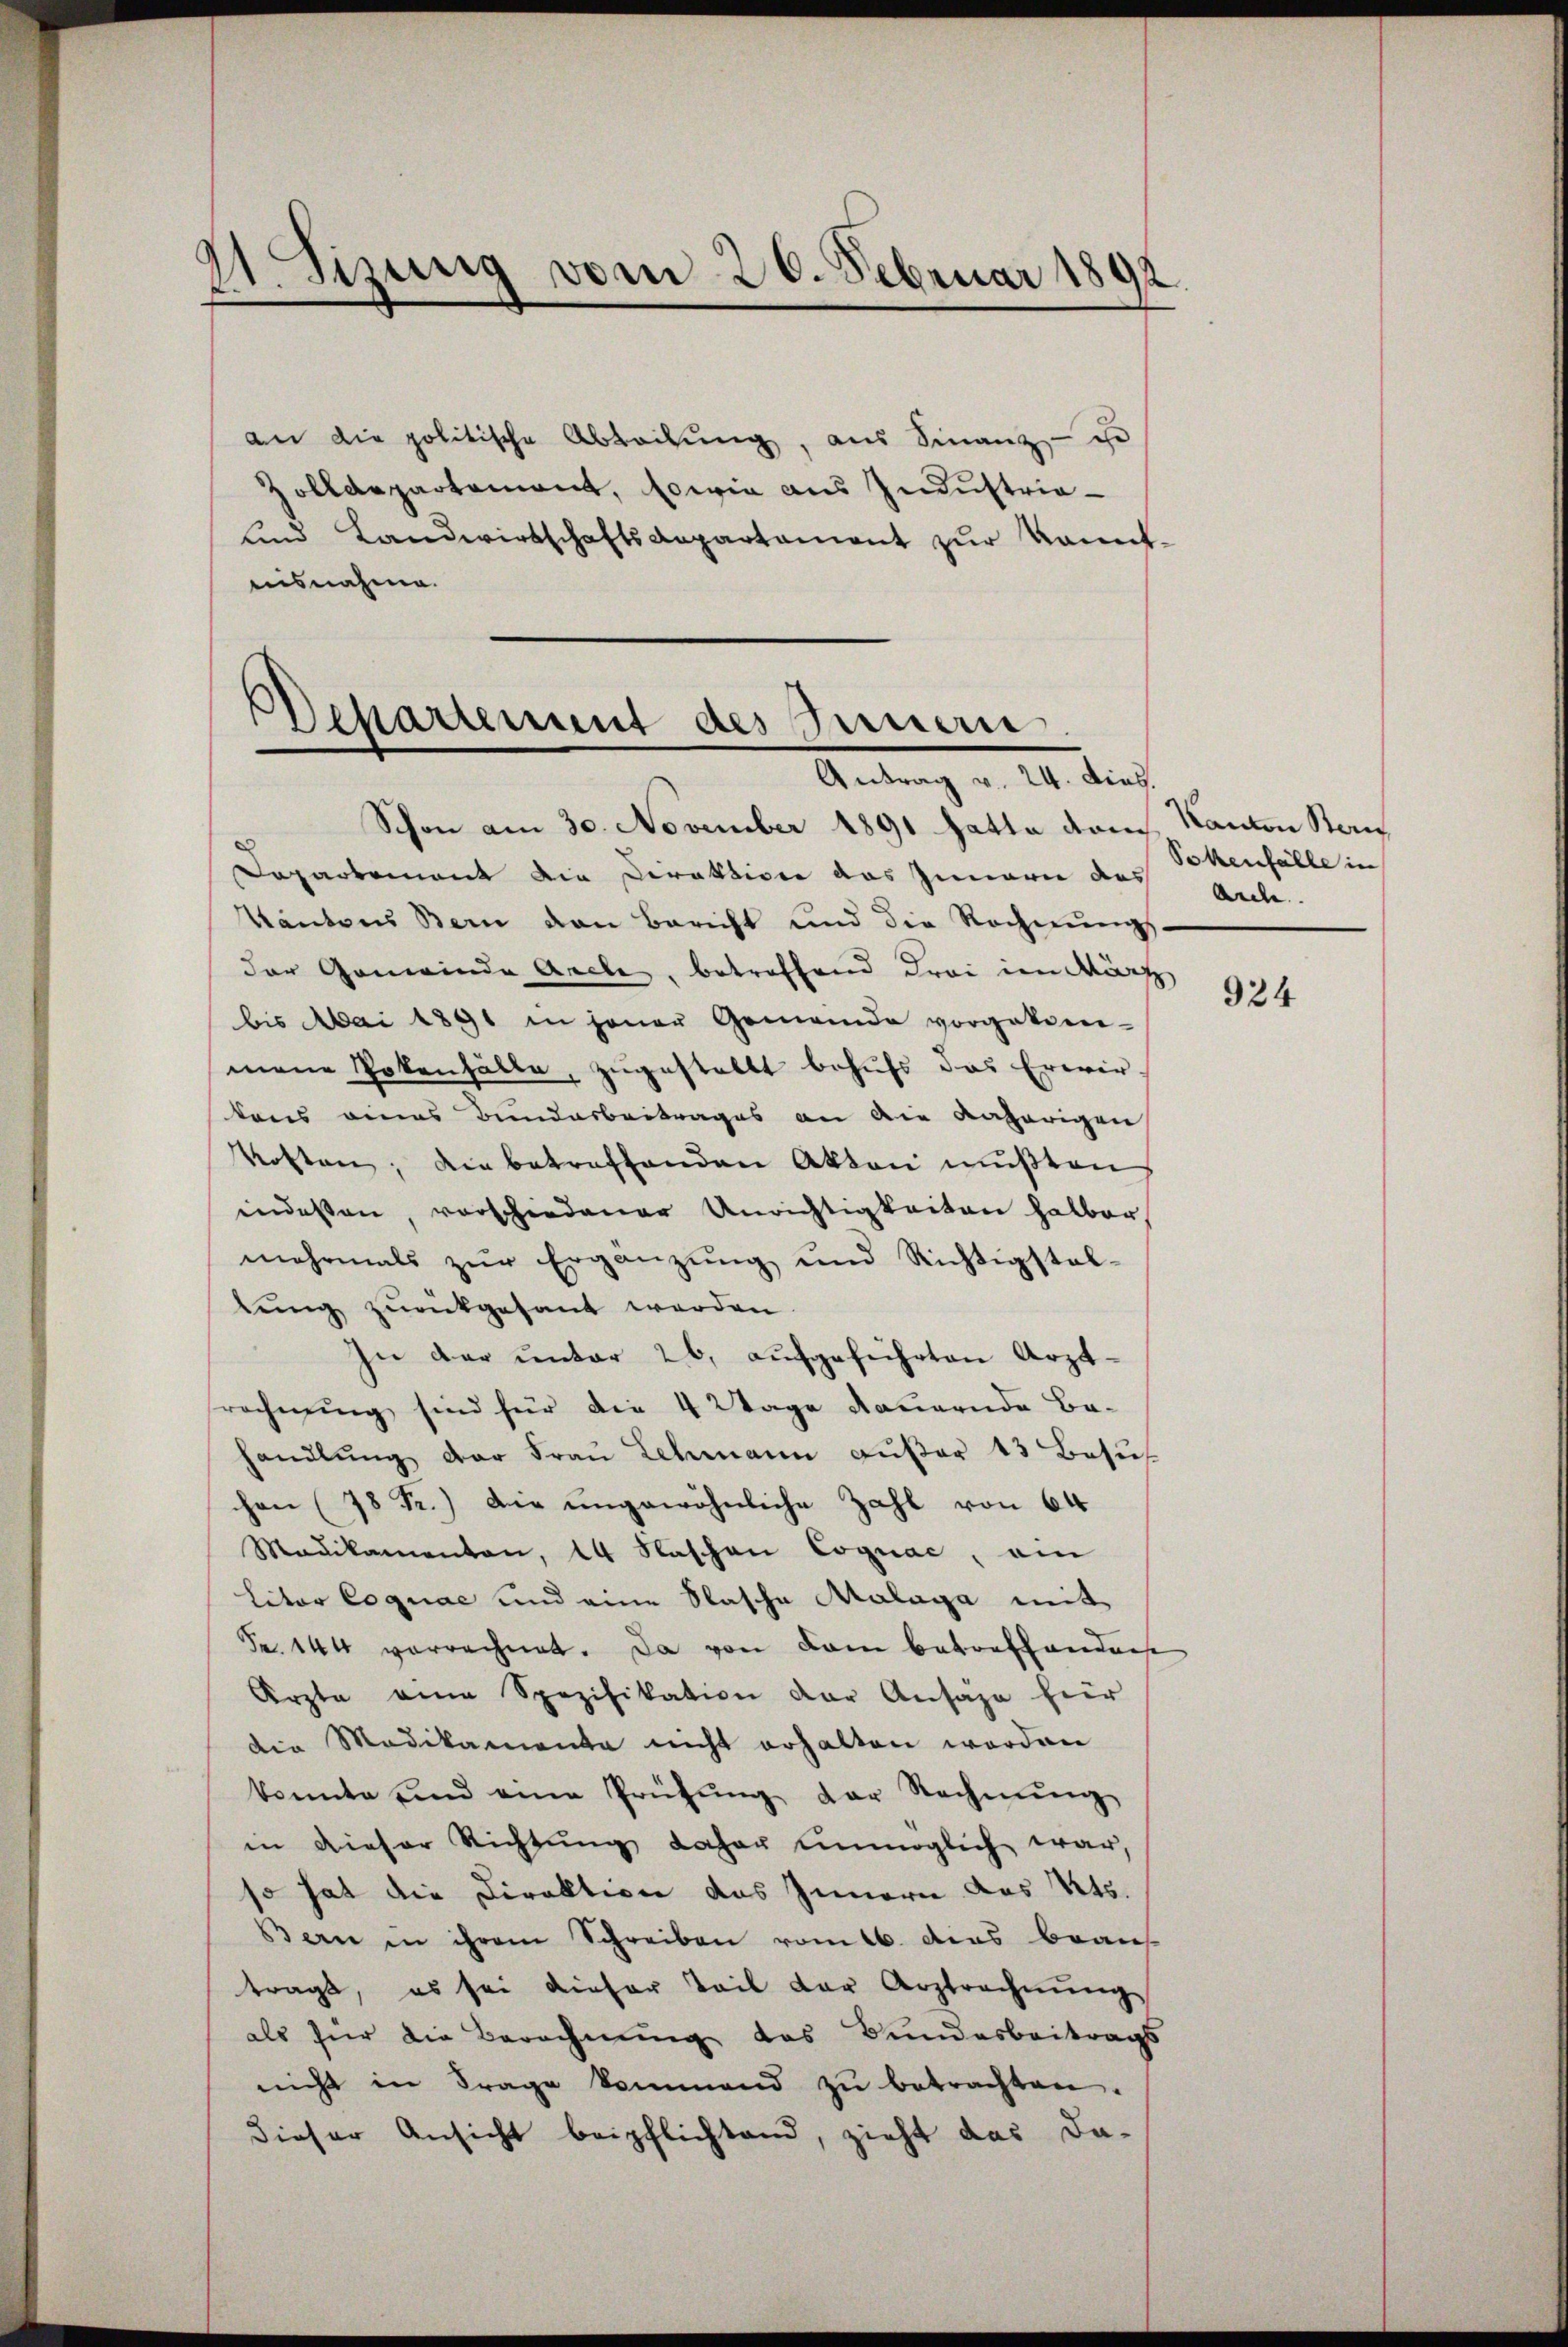
11. Sizung vom 20. Februar 1892.

an die politische Abteilung, aus Finanz- je
Zolldepartement, sowie aus Industria-
ŭnd Landwirtschaftsaepartament zŭr kannt-
aisnahme.

Desartement des Fernen
Antrag v. 24. dies.

Schon am 30. November 1891 fatta dan
Dapartement die Direktione das Innern des anbe-
Kantons Bern den Bericht und die Rechnŭngs
der Gemeinde Arche, betreffend Frei im März
bis Mai 1891 in jener Gemeinde vorgekomen-
mene Pokenhalte, zugestellt behufs das Erwir
taus eines Bundarbeitrages an die daherigen
Kosten; die betreffenden Akten mußten
indessen, vorschiedener Unrichtigkeiten halber,
mehrmals zŭr Ergänzung und Richtigstellung zurückgesant werden.
In der unter 26, aufgeführten Arzt-
rechnung sind für die 4 Wage dauernde Bahandlŭng der Fraŭ Lehmann aŭβer 13 Besŭ
chen (78 R.) Die ungewöhnliche Zahl von 64
Madikamenton, 14 Naschen Cognac, am
litor Cognac und eine Flasche Malaga mit
Fr. 144 vorrechnet. Da von kam bevorftandere
Ärzte eine Spezifikation der Ansage hier
die Medikamente nicht erhalten worden
konnte und eine Prüfŭng der Rechnŭng
in dieser Richtung daher unmöglich war,
so hat die Direktion das Innern das Kts.
Bern in ihrem Schreiben vom 16. dies brau
tragt, es sei dieser Teil der Arztrechnŭng
als für die Berechnung das Bundesbeitrags
nicht in Frage kommend zŭ betrachten.
dieser Ansicht beipflichtend, zieht das da-

Kanton Sei
Sokenfälle in

924